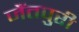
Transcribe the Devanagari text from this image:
जैंतपुरी